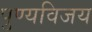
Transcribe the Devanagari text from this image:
पुण्यविजय